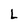
Character: L